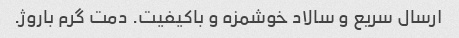
ارسال سریع و سالاد خوشمزه و باکیفیت. دمت گرم باروژ.